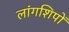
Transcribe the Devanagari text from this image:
लांगशिपों